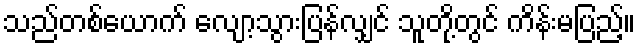
သည်တစ်ယောက် လျော့သွားပြန်လျှင် သူတို့တွင် ကိန်းမပြည့်။